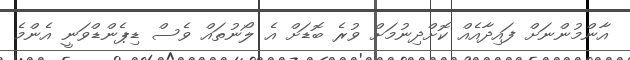
އާންމުންނަށް ފައިދާއެއް ކޮށްދިނުމަށް ވުރެ ބޮޑަށް އެ ލޯނުތައް ވެސް ޑިޕެންޑްވަނީ އެންމެ